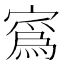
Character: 寪